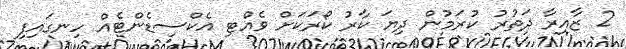
2 ޒާއިރާ ދަތުރު ކުރަމުން ދިޔަ ކާރު ކޯރަކަށް ވެއްޓި އެކްސިޑެންޓެއް ހިނގައިފި